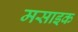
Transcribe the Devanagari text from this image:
मसाइक